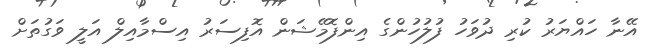
އޭނާ ހައްޔަރު ކުރި ދުވަހު ފުލުހުންގެ އިންފޮމޭޝަން އޮފިސަރު އިސްމާއިލް އަލީ ވަގުތަށް